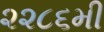
૨૨૮૬મી